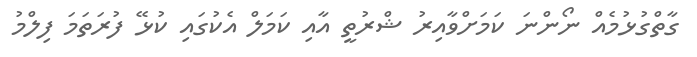
ގާތްގުޅުމެއް ނޯންނަ ކަމަށްވާއިރު ޝްރުތީ އާއި ކަމަލް އެކުގައި ކުޅޭ ފުރަތަމަ ފިލްމު